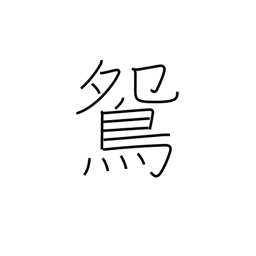
Meaning: male mandarin duck